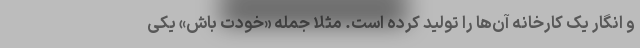
و انگار یک کارخانه آن‌ها را تولید کرده است. مثلا جمله «خودت باش» یکی